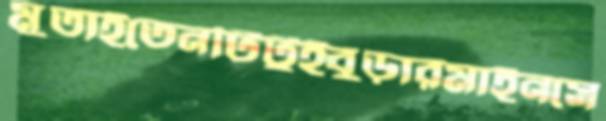
মুতাইতেনটিটুইবুড়ারমাইনসে